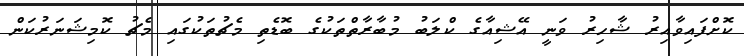
ކޮށްފައިވާއިރު ޝާހިރު ވަނީ އޭޝިއާގެ ކްލަބު މުބާރާތްތަކުގެ ބޮޑެތި މެޗުތަކުގައި މެޗު ކޮމިޝަނަރުކަން